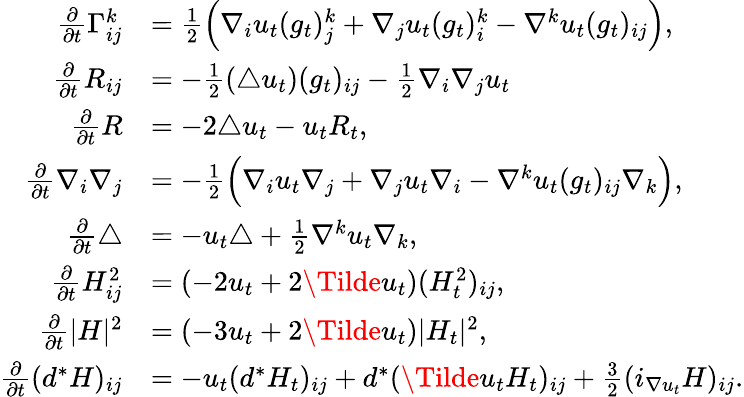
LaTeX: \begin{array}{rl}{\frac{\partial}{\partial t}\Gamma_{ij}^{k}}&{=\frac{1}{2}\Big(\nabla_{i}u_{t}(g_{t})_{j}^{k}+\nabla_{j}u_{t}(g_{t})_{i}^{k}-\nabla^{k}u_{t}(g_{t})_{ij}\Big),}\\ {\frac{\partial}{\partial t}R_{ij}}&{=-\frac{1}{2}(\triangle u_{t})(g_{t})_{ij}-\frac{1}{2}\nabla_{i}\nabla_{j}u_{t}}\\ {\frac{\partial}{\partial t}R}&{=-2\triangle u_{t}-u_{t}R_{t},}\\ {\frac{\partial}{\partial t}\nabla_{i}\nabla_{j}}&{=-\frac{1}{2}\Big(\nabla_{i}u_{t}\nabla_{j}+\nabla_{j}u_{t}\nabla_{i}-\nabla^{k}u_{t}(g_{t})_{ij}\nabla_{k}\Big),}\\ {\frac{\partial}{\partial t}\triangle}&{=-u_{t}\triangle+\frac{1}{2}\nabla^{k}u_{t}\nabla_{k},}\\ {\frac{\partial}{\partial t}H_{ij}^{2}}&{=(-2u_{t}+2\Tilde{u}_{t})(H_{t}^{2})_{ij},}\\ {\frac{\partial}{\partial t}|H|^{2}}&{=(-3u_{t}+2\Tilde{u}_{t})|H_{t}|^{2},}\\ {\frac{\partial}{\partial t}(d^{*}H)_{ij}}&{=-u_{t}(d^{*}H_{t})_{ij}+d^{*}(\Tilde{u_{t}}H_{t})_{ij}+\frac{3}{2}(i_{\nabla u_{t}}H)_{ij}.}\end{array}